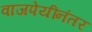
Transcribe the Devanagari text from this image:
वाजपेयींनंतर